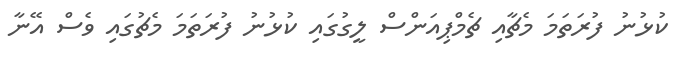
ކުޅުނު ފުރަތަމަ މެޗާއި ޗެމްޕިއަންސް ލީގުގައި ކުޅުނު ފުރަތަމަ މެޗުގައި ވެސް އޭނާ